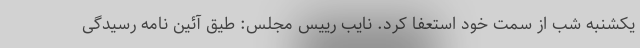
یکشنبه شب از سمت خود استعفا کرد. نایب رییس مجلس: طیق آئین نامه رسیدگی